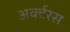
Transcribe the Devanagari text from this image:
अर्क्टरस